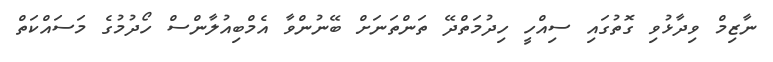
ނާޒިމް ވިދާޅުވި ގޮތުގައި ސިއްހީ ހިދުމަތްދޭ ތަންތަނަށް ބޭނުންވާ އެމްބިއުލާންސް ހޯދުމުގެ މަސައްކަތް